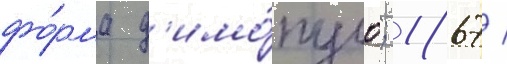
фо́рма д'имо́пуло; 1867 /